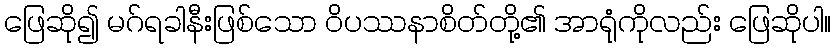
ဖြေဆို၍ မဂ်ရခါနီးဖြစ်သော ဝိပဿနာစိတ်တို့၏ အာရုံကိုလည်း ဖြေဆိုပါ။